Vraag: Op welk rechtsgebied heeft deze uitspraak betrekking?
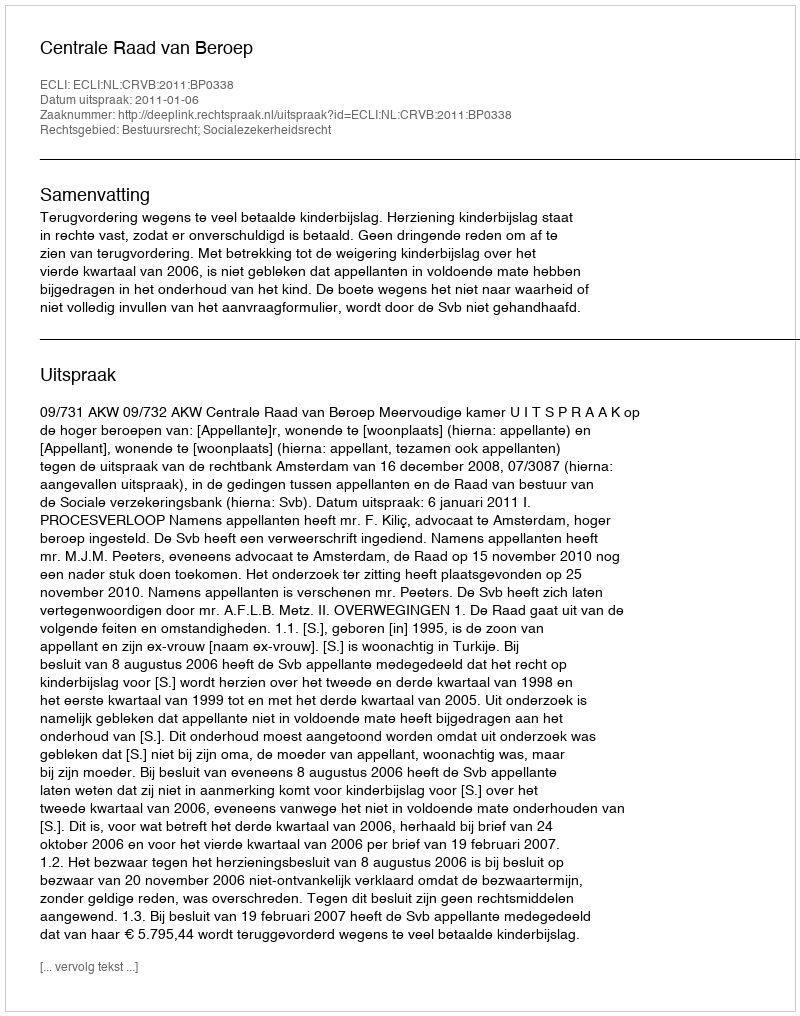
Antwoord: Bestuursrecht; Socialezekerheidsrecht